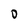
Character: O